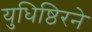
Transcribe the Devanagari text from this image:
युधिष्ठिरने